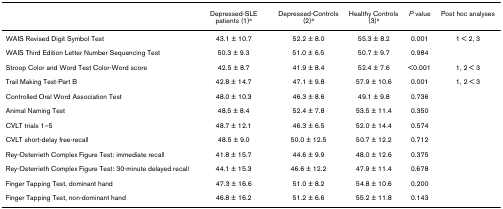
|  | Depressed-SLE patients (1)a | Depressed-Controls (2)a | Healthy Controls (3)a | P value | Post hoc analyses |
 | --- | --- | --- | --- | --- | --- |
 | WAIS Revised Digit Symbol Test | 43.1 ± 10.7 | 52.2 ± 8.0 | 55.3 ± 8.2 | 0.001 | 1 < 2, 3 |
 | WAIS Third Edition Letter Number Sequencing Test | 50.3 ± 9.3 | 51.0 ± 6.5 | 50.7 ± 9.7 | 0.984 |  |
 | Stroop Color and Word Test Color-Word score | 42.5 ± 8.7 | 41.9 ± 8.4 | 52.4 ± 7.6 | <0.001 | 1, 2 < 3 |
 | Trail Making Test-Part B | 42.8 ± 14.7 | 47.1 ± 9.8 | 57.9 ± 10.6 | 0.001 | 1, 2 < 3 |
 | Controlled Oral Word Association Test | 48.0 ± 10.3 | 46.3 ± 8.6 | 49.1 ± 9.8 | 0.736 |  |
 | Animal Naming Test | 48.5 ± 8.4 | 52.4 ± 7.8 | 53.5 ± 11.4 | 0.350 |  |
 | CVLT trials 1–5 | 48.7 ± 12.1 | 46.3 ± 6.5 | 52.0 ± 14.4 | 0.574 |  |
 | CVLT short-delay free-recall | 48.5 ± 9.0 | 50.0 ± 12.5 | 50.7 ± 12.2 | 0.712 |  |
 | Rey-Osterrieth Complex Figure Test: immediate recall | 41.8 ± 15.7 | 44.6 ± 9.9 | 48.0 ± 12.6 | 0.375 |  |
 | Rey-Osterrieth Complex Figure Test: 30-minute delayed recall | 44.1 ± 15.3 | 46.6 ± 12.2 | 47.9 ± 11.4 | 0.678 |  |
 | Finger Tapping Test, dominant hand | 47.3 ± 16.6 | 51.0 ± 8.2 | 54.8 ± 10.6 | 0.200 |  |
 | Finger Tapping Test, non-dominant hand | 46.8 ± 16.2 | 51.2 ± 6.6 | 55.2 ± 11.8 | 0.143 |  |